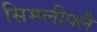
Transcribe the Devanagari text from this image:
सिम्प्लीफ्लै